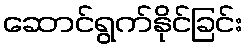
ဆောင်ရွက်နိုင်ခြင်း